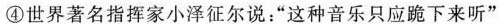
④世界著名指挥家小泽征尔说：”这种音乐只应跪下来听”